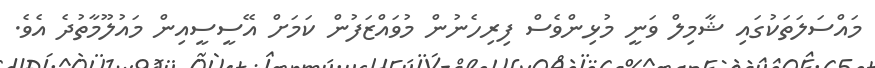
މައްސަލަތަކުގައި ޝާމިލް ވަނީ މުޅިންވެސް ފިރިހެނުން މުވައްޒަފުން ކަމަށް އޭސީސީއިން މައުލޫމާތުދެ އެވެ.